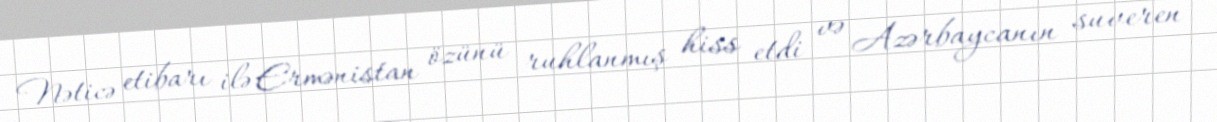
Nəticə etibarı ilə Ermənistan özünü ruhlanmış hiss etdi və Azərbaycanın suveren